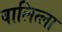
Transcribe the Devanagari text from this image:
वालित्ला